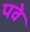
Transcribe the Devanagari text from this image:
पवे